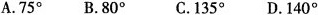
A.75^{\circ} B.80^{\circ} C.135^{\circ} D.140^{\circ}